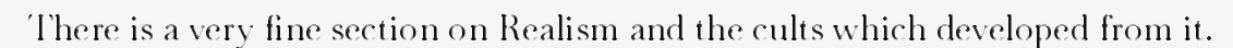
There is a very fine section on Realism and the cults which developed from it.